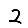
Digit: 2